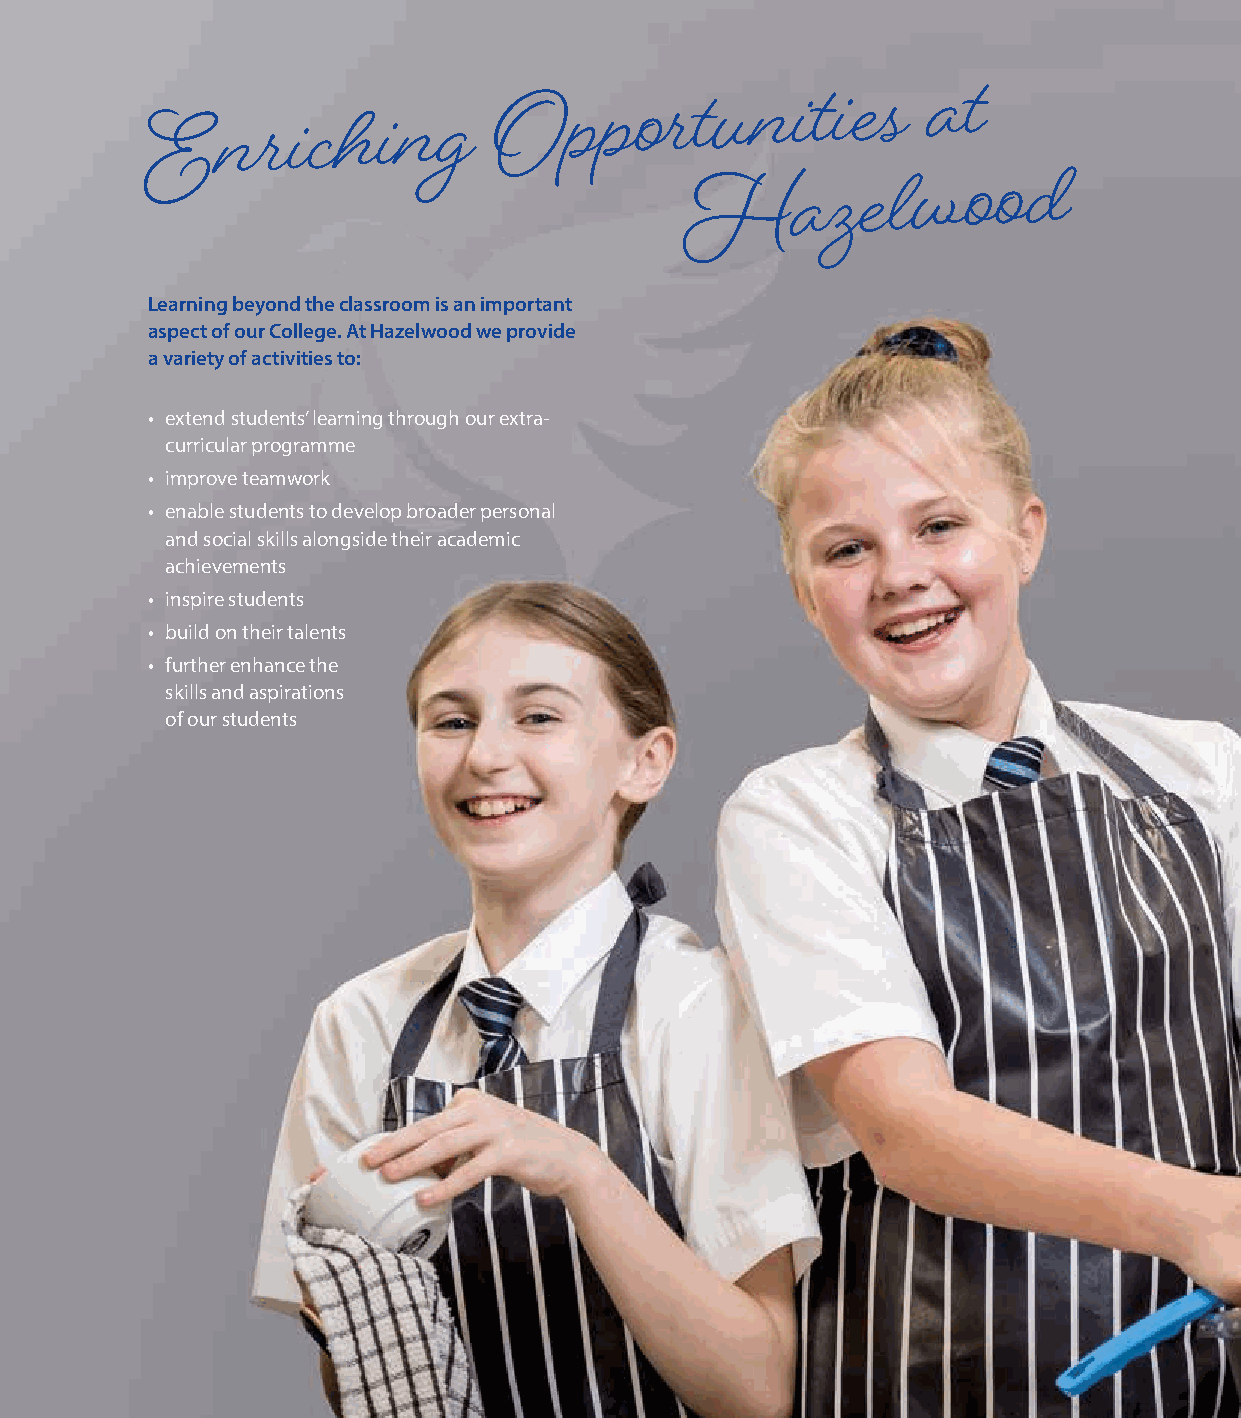
E
 nriching
 Opportunities                at
 Hazelwood
 Learning beyond the classroom is an important
 aspect of our College. At Hazelwood we provide
 a variety of activities to:
 • extend students’ learning through our extra-
 curricular programme
 • improve teamwork
 • enable students to develop broader personal
 and social skills alongside their academic
 achievements
 • inspire students
 • build on their talents
 • further enhance the
 skills and aspirations
 of our students